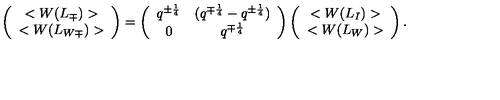
\left( \begin{array} { c } { < W ( L _ { \mp } ) > } \\ { < W ( L _ { W \mp } ) > } \\ \end{array} \right) = \left( \begin{array} { c c } { q ^ { \pm { \frac { 1 } { 4 } } } } & { ( q ^ { \mp { \frac { 1 } { 4 } } } - q ^ { \pm { \frac { 1 } { 4 } } } ) } \\ { 0 } & { q ^ { \mp { \frac { 1 } { 4 } } } } \\ \end{array} \right) \left( \begin{array} { c } { < W ( L _ { I } ) > } \\ { < W ( L _ { W } ) > } \\ \end{array} \right) .